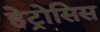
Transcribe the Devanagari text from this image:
हेट्रोसिस